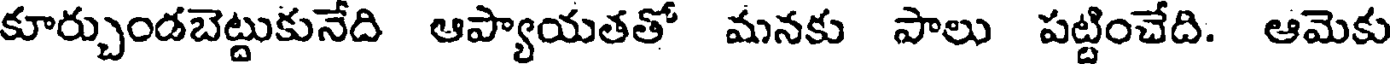
కూర్చుండబెట్టుకునేది ఆప్యాయతతో మనకు పాలు పట్టించేది. ఆమెకు